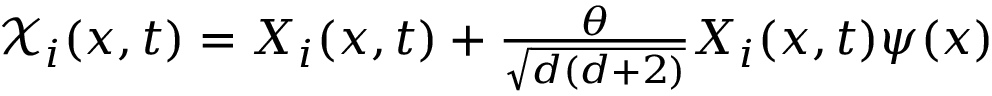
\begin{array} { r } { \mathcal { X } _ { i } ( x , t ) = X _ { i } ( x , t ) + \frac { \theta } { \sqrt { d ( d + 2 ) } } X _ { i } ( x , t ) \psi ( x ) } \end{array}